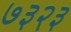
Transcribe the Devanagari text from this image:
७३२३